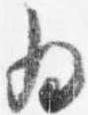
為